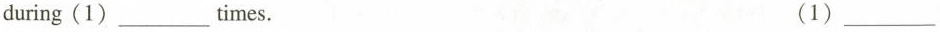
during (1) ___ times. (1) ___